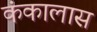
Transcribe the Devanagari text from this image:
कंकालास